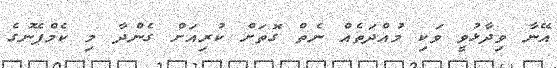
އޭނާ ވިދާޅުވީ ވަކި މުއްދަތެއް ނެތް ގޮތަށް ކުރިއަށް ގެންދާ މި ކެމްޕޭނުގެ